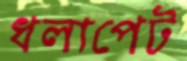
ধলাপেট